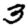
Digit: 3